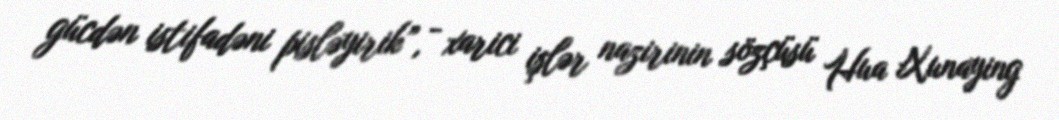
gücdən istifadəni pisləyirik”, - xarici işlər nazirinin sözçüsü Hua Xunaying